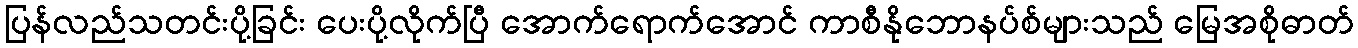
ပြန်လည်သတင်းပို့ခြင်း ပေးပို့လိုက်ပြီ အောက်ရောက်အောင် ကာစီနိုဘောနပ်စ်များသည် မြေအစိုဓာတ်